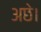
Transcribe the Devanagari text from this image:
अछे।